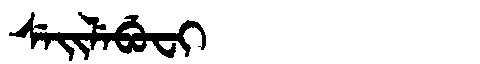
Manchu: ᠰᡝᡳᠯᡝᠪᡠᠸᡳ
Romanization: SEILEBUFI